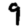
Digit: 9